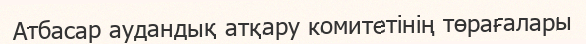
Атбасар аудандық атқару комитетінің төрағалары